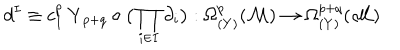
d ^ { I } \equiv c _ { I } ^ { p } \, { \mathbf Y } _ { p + q } \circ \big ( \prod _ { i \in I } \partial _ { i } \big ) : \Omega _ { ( Y ) } ^ { p } ( { \cal M } ) \rightarrow \Omega _ { ( Y ) } ^ { p + q } ( { \cal M } )